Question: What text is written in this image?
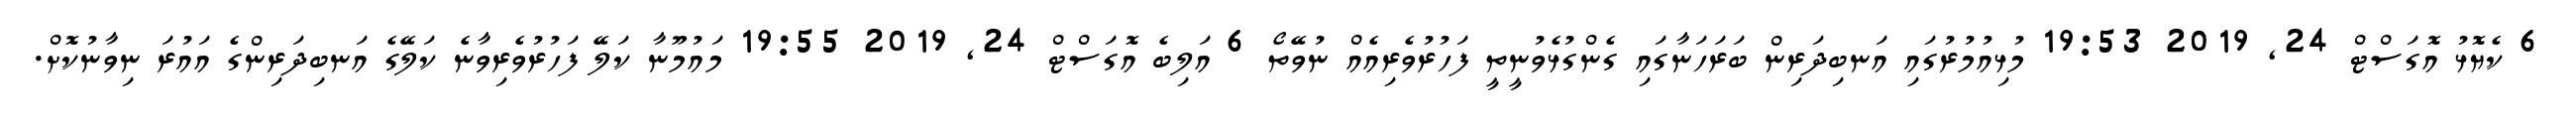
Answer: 6 ކެޔޮޅު އޮގަސްޓް 24, 2019 19:53 މުޅިއުމުރުގައި އަނބިދަރިން ބަރަހަނާގައި ގެންގުޅެވުނީތީ ފަހުރުވެރިއެއް ނުވޭތޯ 6 އަލިބެ އޮގަސްޓް 24, 2019 19:55 މައުމޫނާ ކަލޭ ފަހުރުވެރިވާނެ ކަލޭގެ އަނބިދަރިންގެ އައުރަ ނިވާނުކޮށް.